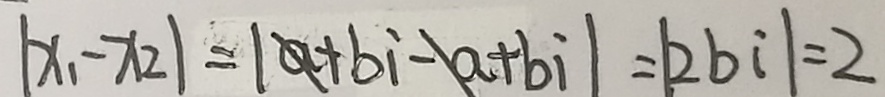
\vert x _ { 1 } - x _ { 2 } \vert = \vert a + b i - a + b i \vert = \vert 2 b i \vert = 2